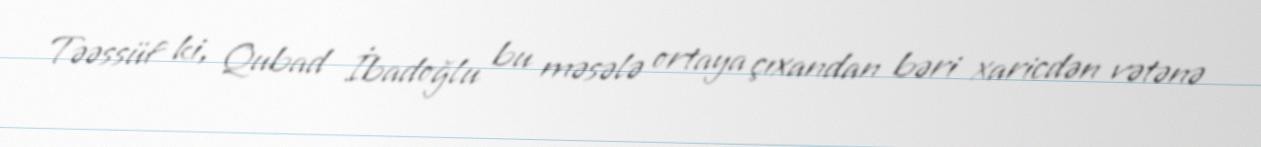
Təəssüf ki, Qubad İbadoğlu bu məsələ ortaya çıxandan bəri xaricdən vətənə